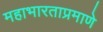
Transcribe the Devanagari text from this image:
महाभारताप्रमाणे